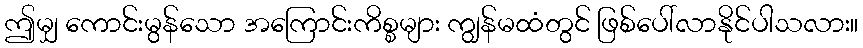
ဤမျှ ကောင်းမွန်သော အကြောင်းကိစ္စများ ကျွန်မထံတွင် ဖြစ်ပေါ်လာနိုင်ပါသလား။